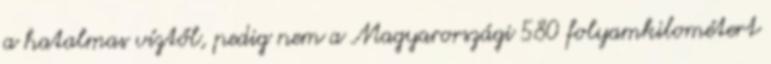
a hatalmas víztől, pedig nem a Magyarországi 580 folyamkilométert